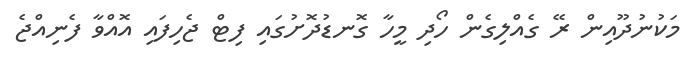
މަކުނުދޫއިން ރޭ ގެއްލިގެން ހޯދި މީހާ ގޮނޑުދޮށުގައި ފިޓް ޖެހިފައި އޮއްވާ ފެނިއްޖެ